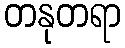
တနုတရာ